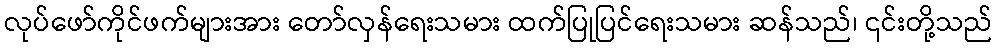
လုပ်ဖော်ကိုင်ဖက်များအား တော်လှန်ရေးသမား ထက်ပြုပြင်ရေးသမား ဆန်သည်၊ ၎င်းတို့သည်